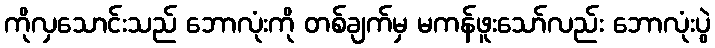
ကိုလှသောင်းသည် ဘောလုံးကို တစ်ချက်မှ မကန်ဖူးသော်လည်း ဘောလုံးပွဲ